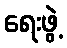
ရေးဖွဲ့